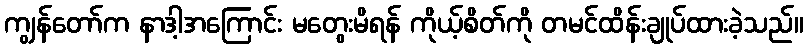
ကျွန်တော်က နာဒါ့အကြောင်း မတွေးမိရန် ကိုယ့်စိတ်ကို တမင်ထိန်းချုပ်ထားခဲ့သည်။